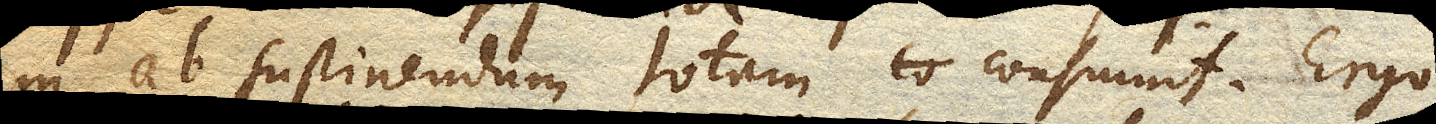
in ab. sustinendum totam consumit. Ergo